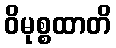
ဝိမုစ္စထာတိ